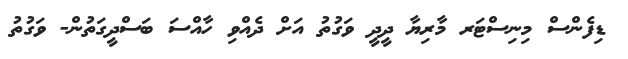
ޑިފެންސް މިނިސްޓަރ މާރިޔާ ދީދީ ވަގުތު އަށް ދެއްވި ހާއްސަ ބަސްދީގަތުން- ވަގުތު